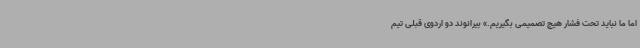
اما ما نباید تحت فشار هیچ تصمیمی بگیریم.» بیرانوند دو اردوی قبلی تیم